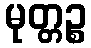
မုတ္တဉ္စ